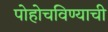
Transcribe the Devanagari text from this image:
पोहोचविण्याची